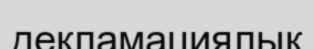
декламациялық